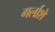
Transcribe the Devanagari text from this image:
गर्लाशे